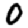
Digit: 0